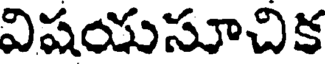
విషయసూచిక